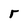
Character: r